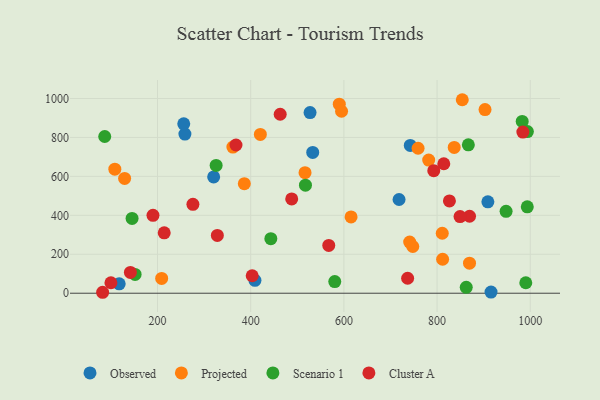
{"axis": {"x": "Investment", "y": "Rating"}, "legend": ["Cluster A", "Observed", "Projected", "Scenario 1"], "data": [{"x": "718.4", "y": 481.2, "type": "Observed"}, {"x": "915.8", "y": 5.8, "type": "Observed"}, {"x": "320.5", "y": 597.0, "type": "Observed"}, {"x": "533.1", "y": 722.9, "type": "Observed"}, {"x": "258.8", "y": 817.5, "type": "Observed"}, {"x": "527.4", "y": 927.6, "type": "Observed"}, {"x": "409.1", "y": 66.1, "type": "Observed"}, {"x": "117.8", "y": 48.2, "type": "Observed"}, {"x": "909.0", "y": 469.6, "type": "Observed"}, {"x": "742.5", "y": 759.1, "type": "Observed"}, {"x": "256.3", "y": 870.0, "type": "Observed"}, {"x": "386.3", "y": 562.4, "type": "Projected"}, {"x": "108.4", "y": 637.2, "type": "Projected"}, {"x": "516.6", "y": 619.2, "type": "Projected"}, {"x": "782.0", "y": 683.7, "type": "Projected"}, {"x": "590.1", "y": 970.7, "type": "Projected"}, {"x": "595.0", "y": 934.5, "type": "Projected"}, {"x": "902.9", "y": 943.0, "type": "Projected"}, {"x": "747.9", "y": 240.0, "type": "Projected"}, {"x": "420.7", "y": 815.7, "type": "Projected"}, {"x": "836.8", "y": 748.8, "type": "Projected"}, {"x": "811.9", "y": 174.5, "type": "Projected"}, {"x": "208.9", "y": 76.2, "type": "Projected"}, {"x": "129.4", "y": 589.8, "type": "Projected"}, {"x": "361.8", "y": 750.4, "type": "Projected"}, {"x": "811.1", "y": 307.9, "type": "Projected"}, {"x": "759.2", "y": 744.4, "type": "Projected"}, {"x": "854.1", "y": 993.7, "type": "Projected"}, {"x": "615.4", "y": 391.9, "type": "Projected"}, {"x": "869.6", "y": 154.2, "type": "Projected"}, {"x": "741.2", "y": 262.6, "type": "Projected"}, {"x": "948.1", "y": 420.7, "type": "Scenario 1"}, {"x": "580.4", "y": 60.0, "type": "Scenario 1"}, {"x": "867.1", "y": 761.9, "type": "Scenario 1"}, {"x": "990.4", "y": 53.8, "type": "Scenario 1"}, {"x": "443.2", "y": 280.4, "type": "Scenario 1"}, {"x": "862.6", "y": 30.4, "type": "Scenario 1"}, {"x": "145.4", "y": 384.3, "type": "Scenario 1"}, {"x": "993.6", "y": 443.5, "type": "Scenario 1"}, {"x": "517.5", "y": 554.7, "type": "Scenario 1"}, {"x": "982.7", "y": 882.2, "type": "Scenario 1"}, {"x": "86.7", "y": 804.9, "type": "Scenario 1"}, {"x": "993.8", "y": 830.3, "type": "Scenario 1"}, {"x": "325.8", "y": 656.1, "type": "Scenario 1"}, {"x": "151.9", "y": 96.6, "type": "Scenario 1"}, {"x": "567.5", "y": 245.5, "type": "Cluster A"}, {"x": "463.3", "y": 919.1, "type": "Cluster A"}, {"x": "100.0", "y": 53.9, "type": "Cluster A"}, {"x": "403.2", "y": 89.8, "type": "Cluster A"}, {"x": "82.2", "y": 4.9, "type": "Cluster A"}, {"x": "141.8", "y": 106.9, "type": "Cluster A"}, {"x": "984.1", "y": 827.6, "type": "Cluster A"}, {"x": "190.3", "y": 400.0, "type": "Cluster A"}, {"x": "328.4", "y": 296.9, "type": "Cluster A"}, {"x": "488.0", "y": 484.1, "type": "Cluster A"}, {"x": "214.4", "y": 310.3, "type": "Cluster A"}, {"x": "276.0", "y": 456.3, "type": "Cluster A"}, {"x": "869.7", "y": 395.4, "type": "Cluster A"}, {"x": "849.3", "y": 393.8, "type": "Cluster A"}, {"x": "826.5", "y": 474.2, "type": "Cluster A"}, {"x": "792.9", "y": 629.6, "type": "Cluster A"}, {"x": "736.8", "y": 76.8, "type": "Cluster A"}, {"x": "368.4", "y": 761.1, "type": "Cluster A"}, {"x": "814.4", "y": 665.0, "type": "Cluster A"}]}